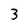
Character: 3